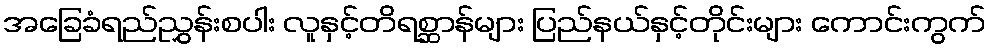
အခြေခံရည်ညွှန်းစပါး လူနှင့်တိရစ္ဆာန်များ ပြည်နယ်နှင့်တိုင်းများ ကောင်းကွက်